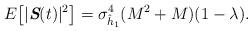
LaTeX: \begin{align*}E\big[|\textit{\textbf{S}}(t)|^2\big] &=\sigma_{\hat{h}_1}^4 (M^2 + M)(1-\lambda).\end{align*}